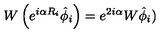
W \left( e ^ { i \alpha R _ { i } } \hat { \phi } _ { i } \right) = e ^ { 2 i \alpha } W \hat { \phi } _ { i } )